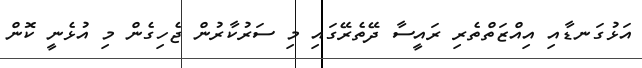
އަޅުގަނޑާއި އިއްޒަތްތެރި ރައީސާ ދޭތެރޭގައި މި ސަރުކާރުން ޖެހިގެން މި އުޅެނީ ކޮން